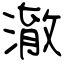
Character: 澈